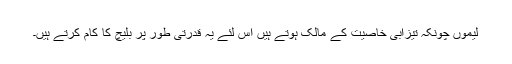
لیموں چونکہ تیزابی خاصیت کے مالک ہوتے ہیں اِس لئے یہ قدرتی طور پر بلیچ کا کام کرتے ہیں۔